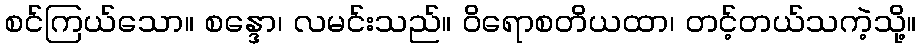
စင်ကြယ်သော။ စန္ဒော၊ လမင်းသည်။ ဝိရောစတိယထာ၊ တင့်တယ်သကဲ့သို့။